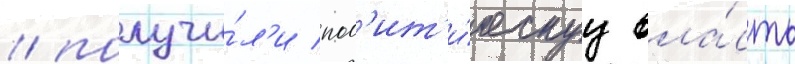
/ получи́л'и пол'ит'и́ческуу вла́сть